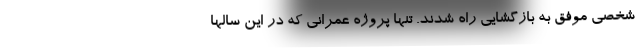
شخصی موفق به بازگشایی راه شدند. تنها پروژه عمرانی که در این سالها